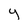
Character: y